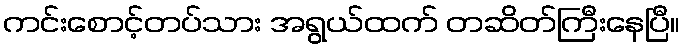
ကင်းစောင့်တပ်သား အရွယ်ထက် တဆိတ်ကြီးနေပြီ။